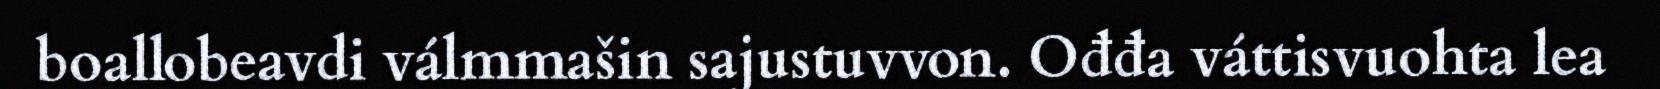
boallobeavdi válmmašin sajustuvvon. Ođđa váttisvuohta lea